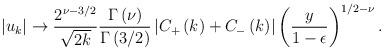
LaTeX: \begin{align*}\left|u_{k}\right| \rightarrow {2^{\nu - 3/2} \over \sqrt{2 k}} {\Gamma\left(\nu\right) \over \Gamma\left(3/2\right)} \left|C_{+}\left(k\right) + C_{-}\left(k\right)\right| \left({y \over 1 - \epsilon}\right)^{1/2 - \nu}.\end{align*}